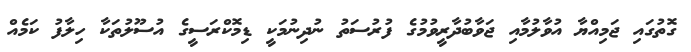
ގޮތުގައި ޖަމިއްޔާ އުވާލުމާއި ޖަވާބުދާރީވުމުގެ ފުރުސަތު ނުދިނުމަކީ ޑިމޮކްރަސީގެ އުސޫލުތަކާ ހިލާފު ކަމެއް